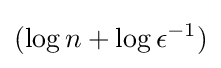
(\log n+\log \epsilon ^{-1})